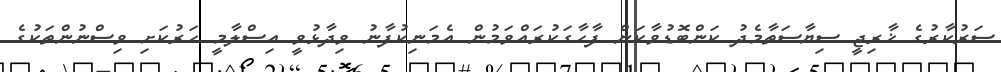
ސަރުކާރުގެ ޚާރިޖީ ސިޔާސަތާމެދު ކަންބޮޑުވާކަން ފާހާގަކުރައްވަމުން އެމަނިކުފާނު ވިދާޅުވީ އިސްލާމީ ހަރުކަށި ވިސްނުންތަކުގެ